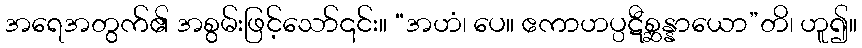
အရေအတွက်၏ အစွမ်းဖြင့်သော်၎င်း။ “အဟံ၊ ပေ။ ဧကာဟပ္ပဋီစ္ဆန္နာယော”တိ၊ ဟူ၍။